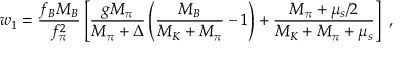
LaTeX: w _ { 1 } = \frac { f _ { B } M _ { B } } { f _ { \pi } ^ { 2 } } \left[ \frac { g M _ { \pi } } { M _ { \pi } + \Delta } \left( \frac { M _ { B } } { M _ { K } + M _ { \pi } } - 1 \right) + \frac { M _ { \pi } + \mu _ { s } / 2 } { M _ { K } + M _ { \pi } + \mu _ { s } } \right] ~ ,